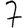
Digit: 7